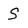
Character: S